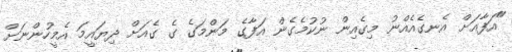
"އަފާއަށް އެނގެއެއްނު މިގެއިން ނުކުމެގެން އަފާގެ މަންމަގެ ގެ ގެއަށް ދިޔައީމަ އެމީހުންނަށް